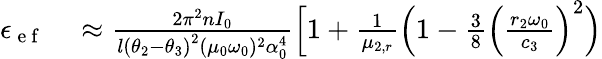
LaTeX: \begin{array}{rl}{\epsilon_{\mathrm{~e~f~}}}&{{}\approx\frac{2\pi^{2}nI_{0}}{l\left(\theta_{2}-\theta_{3}\right)^{2}(\mu_{0}\omega_{0})^{2}\alpha_{0}^{4}}\Big[1+\frac{1}{\mu_{2,r}}\Big(1-\frac{3}{8}\Big(\frac{r_{2}\omega_{0}}{c_{3}}\Big)^{2}\Big)}\end{array}